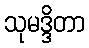
သုမဒ္ဒိတာ